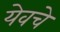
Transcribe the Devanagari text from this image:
येवचे